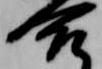
合